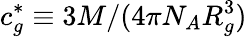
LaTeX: c_{g}^{*}\equiv 3M/(4\pi N_{A}R_{g}^{3})